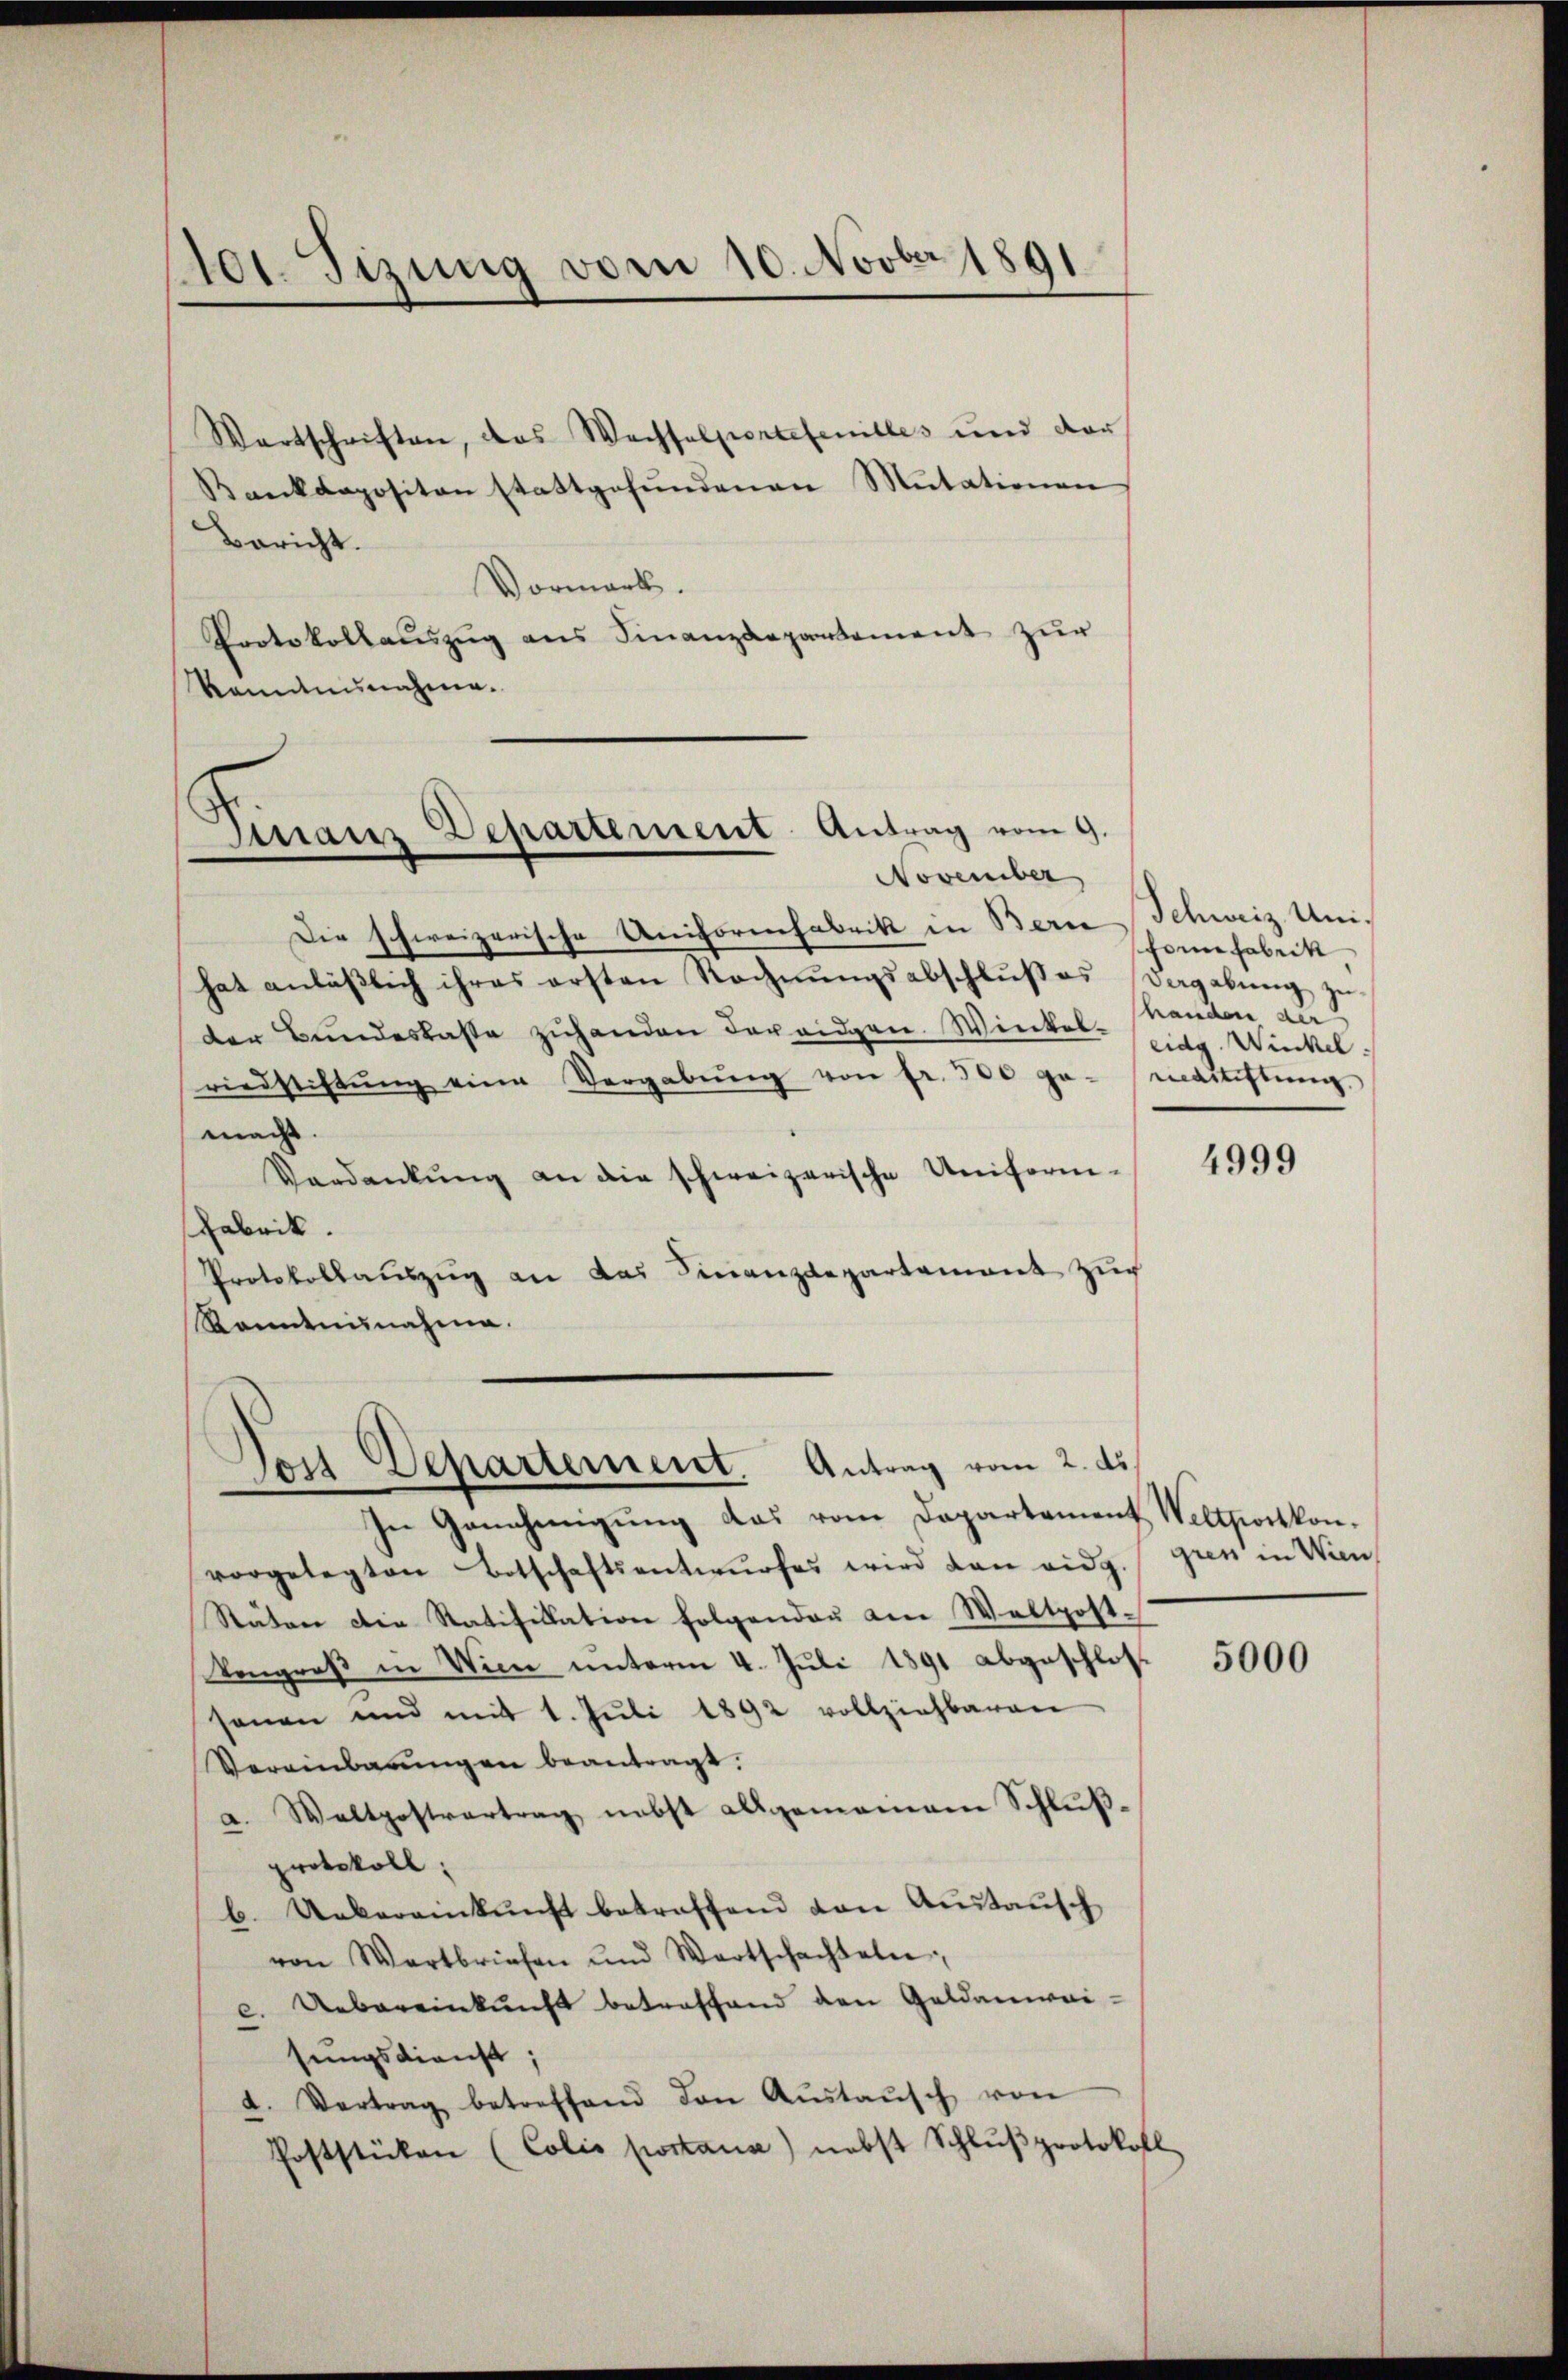
Aot. Sizung vom 10. Novber 1891.

Wartschriften, das Wachsalportetenilles und dar
Bankdapositon stattgefŭndenen Mutationen,
Bericht.
Vormark.
Protokollauszug aus Finanzdepartement zur
Rominisnahme.

Die schweizerische Unifornefabrik in Berne
hat anläβlich ihres ersten Rechnŭngsabschlŭβes Vagabung zu
der Bundeskaste zuhanden der eidgen. Winkel-
riedstiftŭng eine Vergabŭng von fr. 300 ge- Mastiftung.
macht.
Verdankŭng an die schweizerische Uniform-
Fabrik.
Protokollauszug an das Finanzdepartement zu
Ranntnisnahme.

Sinair Departement Antrag vom 9.
November

Post Departement. Antrag vom 2. ds.

Schweiz. Unischon fabrik
handen der
eidg. Winkel.

In Genehmigung das vom Departement Weltportkonvorgelegten Botschaftsentwŭrfes wird dan eidg. Gren in Win¬
Stäten die Ratifikation folgenden am Waltpost-
Vongreß in Wien unterm 4. Juli 1891 abgeschlos
sonen und mit 1. Jŭli 1892 vollziehbaren
Vereinbarŭngen beantragt.
a. Waltpostvertrag nebst allgemeinem Schlußprotokoll:
b. Uebereinkunft betreffend den Austausch
von Wartbriefen und Wortschachteln;
c. Uebereinkunft betreffend den Geldanweisungsdienst;
d. Vertrag betreffend den Aŭstaŭsch von
Poststücken (Colis portana) nebst Schlŭβprotokoll

4999

5000